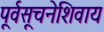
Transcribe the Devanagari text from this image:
पूर्वसूचनेशिवाय